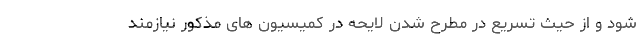
شود و از حیث تسریع در مطرح شدن لایحه در کمیسیون های مذکور نیازمند